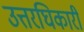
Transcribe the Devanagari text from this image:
उत्तरघिकारी